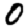
Digit: 0